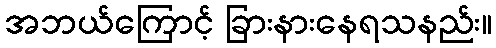
အဘယ်ကြောင့် ခြားနားနေရသနည်း။